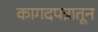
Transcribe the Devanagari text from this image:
कागदपत्रातून